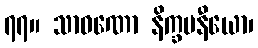
၇၇။ သာဝဏော နိက္ခမနီယော၊